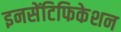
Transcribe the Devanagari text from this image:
इनसेंटिफिकेशन